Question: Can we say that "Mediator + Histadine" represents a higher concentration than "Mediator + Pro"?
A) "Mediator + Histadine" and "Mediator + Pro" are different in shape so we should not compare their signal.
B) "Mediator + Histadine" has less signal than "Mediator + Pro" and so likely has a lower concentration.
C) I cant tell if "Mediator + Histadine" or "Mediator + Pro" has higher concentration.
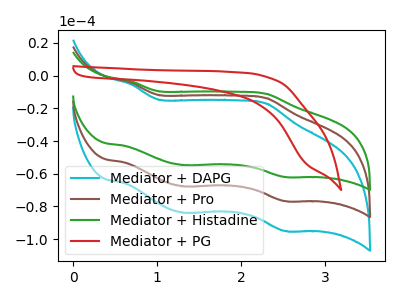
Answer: <think>The cyan curve "Mediator + DAPG" has anodic peaks at (0.70V, -8.70uA) (2.30V, -27.65uA) and cathodic peaks at (1.30V, -135.55uA) (2.55V, -153.55uA). The brown curve "Mediator + Pro" has anodic peaks at (0.70V, -4.35uA) (2.30V, -13.80uA) and cathodic peaks at (1.30V, -67.75uA) (2.55V, -76.75uA). The green curve "Mediator + Histadine" has anodic peaks at (0.70V, -3.50uA) (2.30V, -11.15uA) and cathodic peaks at (1.30V, -54.75uA) (2.55V, -62.00uA). The red curve "Mediator + PG" has no peaks.
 All the peaks in "Mediator + Histadine" have a peak in "Mediator + Pro" at the same potential.</think>
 <answer>C) I cant tell if "Mediator + Histadine" or "Mediator + Pro" has higher concentration.</answer>
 <eval>C</eval>